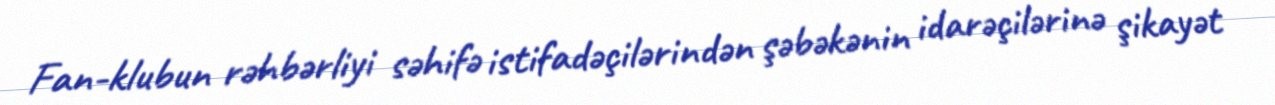
Fan-klubun rəhbərliyi səhifə istifadəçilərindən şəbəkənin idarəçilərinə şikayət